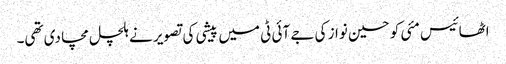
اٹھائیس مئی کو حسین نواز کی جے آئی ٹی میں پیشی کی تصویر نے ہلچل مچا دی تھی۔